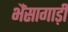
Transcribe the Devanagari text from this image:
भैंसागाड़ी